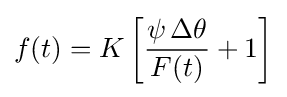
f(t)=K\left[{\psi \,\Delta \theta  \over F(t)}+1\right]